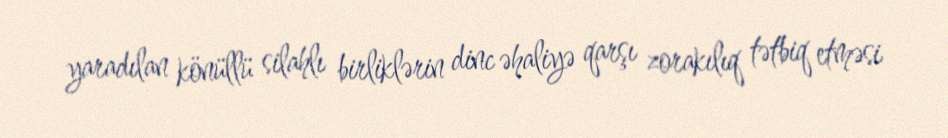
yaradılan könüllü silahlı birliklərin dinc əhaliyə qarşı zorakılıq tətbiq etməsi